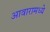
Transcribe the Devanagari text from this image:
आवारामध्ये